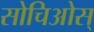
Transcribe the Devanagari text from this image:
सोचिओस्